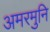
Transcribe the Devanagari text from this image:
अमरमुनि